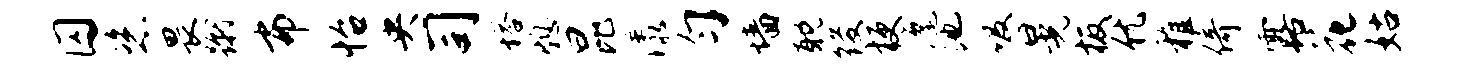
囚恣畏蹴布怡央司塔熄昆漾匀墙耽後梗麾池吸晃板优稚倚露花姑